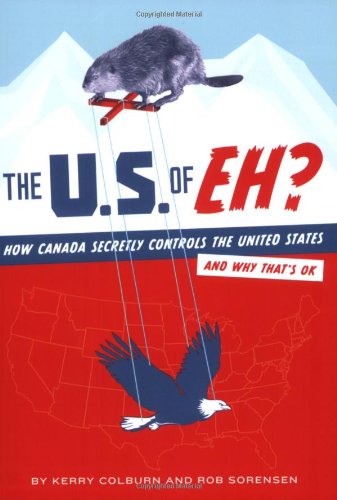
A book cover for The U.S. of EH?: How Canada Secretly Controls the United States and Why That's OK; Kerry Colburn; Humor & Entertainment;